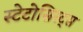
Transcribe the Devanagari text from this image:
स्टेटोसिस्ट्स